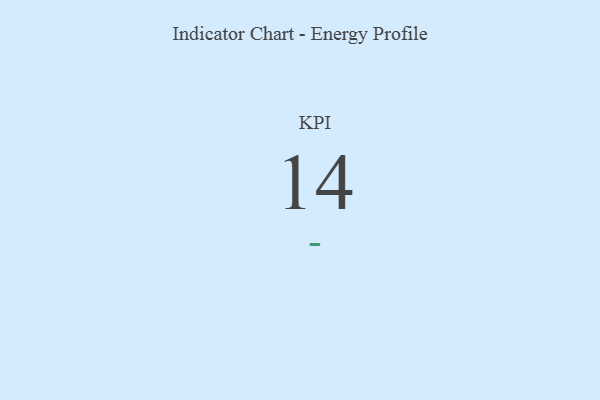
{"axis": {"x": "KPI", "y": "Value"}, "legend": [""], "data": [{"x": "KPI", "y": 14, "type": ""}]}